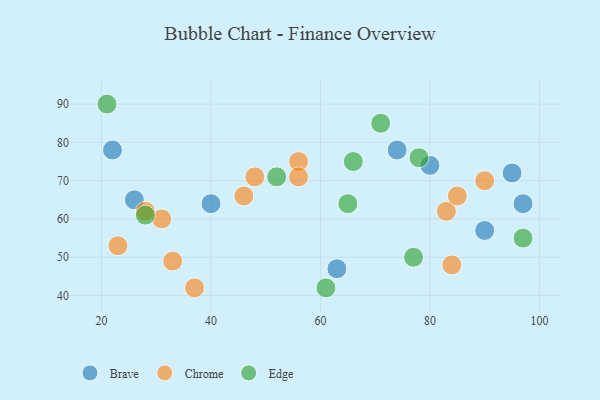
{"axis": {"x": "GDP", "y": "Life Expectancy"}, "legend": ["Brave", "Chrome", "Edge"], "data": [{"x": "22", "y": 78, "type": "Brave"}, {"x": "95", "y": 72, "type": "Brave"}, {"x": "74", "y": 78, "type": "Brave"}, {"x": "63", "y": 47, "type": "Brave"}, {"x": "97", "y": 64, "type": "Brave"}, {"x": "90", "y": 57, "type": "Brave"}, {"x": "26", "y": 65, "type": "Brave"}, {"x": "80", "y": 74, "type": "Brave"}, {"x": "40", "y": 64, "type": "Brave"}, {"x": "33", "y": 49, "type": "Chrome"}, {"x": "28", "y": 62, "type": "Chrome"}, {"x": "84", "y": 48, "type": "Chrome"}, {"x": "23", "y": 53, "type": "Chrome"}, {"x": "56", "y": 75, "type": "Chrome"}, {"x": "83", "y": 62, "type": "Chrome"}, {"x": "56", "y": 71, "type": "Chrome"}, {"x": "37", "y": 42, "type": "Chrome"}, {"x": "85", "y": 66, "type": "Chrome"}, {"x": "46", "y": 66, "type": "Chrome"}, {"x": "90", "y": 70, "type": "Chrome"}, {"x": "31", "y": 60, "type": "Chrome"}, {"x": "48", "y": 71, "type": "Chrome"}, {"x": "78", "y": 76, "type": "Edge"}, {"x": "52", "y": 71, "type": "Edge"}, {"x": "21", "y": 90, "type": "Edge"}, {"x": "71", "y": 85, "type": "Edge"}, {"x": "97", "y": 55, "type": "Edge"}, {"x": "65", "y": 64, "type": "Edge"}, {"x": "66", "y": 75, "type": "Edge"}, {"x": "61", "y": 42, "type": "Edge"}, {"x": "77", "y": 50, "type": "Edge"}, {"x": "28", "y": 61, "type": "Edge"}]}